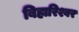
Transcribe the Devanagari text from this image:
बिहारिश्वर